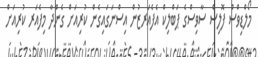
މޯލްޑިވްސް ފޮލިސް ސާވިސްގެ ޕަބްލިކް އެފެއަރޒުން އިސްނަގައިގެން ކުރިއަށް ގެންދާ މިފެއަރ ކުރިއަށް